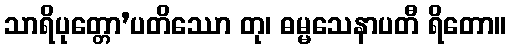
သာရိပုတ္တော’ပတိဿော တု၊ ဓမ္မသေနာပတီ ရိတော။